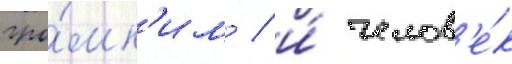
гро́мк'им / и́ челов'е́к